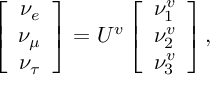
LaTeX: \left[ \begin{array} { c } { { \nu _ { e } } } \\ { { \nu _ { \mu } } } \\ { { \nu _ { \tau } } } \end{array} \right] = U ^ { v } \left[ \begin{array} { c } { { \nu _ { 1 } ^ { v } } } \\ { { \nu _ { 2 } ^ { v } } } \\ { { \nu _ { 3 } ^ { v } } } \end{array} \right] ,